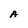
Character: A